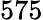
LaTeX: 575